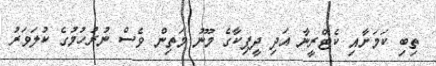
ތިބި ކަމަށާއި ކެޓްރީނާ އަދި ދީޕިކާގެ މޫނު މަތިން ވެސް ނުރުހުމުގެ ކުލަވަރު